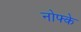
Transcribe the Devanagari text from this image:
नोफ्के